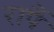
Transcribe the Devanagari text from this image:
रापैं